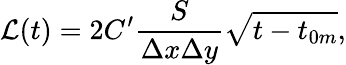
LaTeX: \mathcal{L}(t)=2C^{\prime}\frac{S}{\Delta x\Delta y}\sqrt{t-t_{0m}},